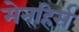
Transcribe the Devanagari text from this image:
मेनहिर्स